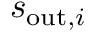
s _ { \mathrm { o u t } , i }